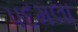
પદમલા